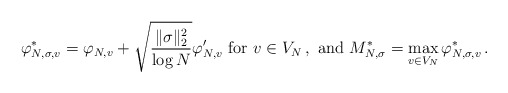
\begin{align*}\varphi^*_{N, \sigma, v} =\varphi_{N, v} + \sqrt{\frac{\|\sigma\|_2^2}{\log N}} \varphi'_{N, v} \mbox{ for } v\in V_N\,, \mbox{ and } M^*_{N, \sigma} = \max_{v\in V_N} \varphi^*_{N, \sigma, v}\,. \end{align*}